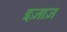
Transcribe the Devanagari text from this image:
इज़ाज़